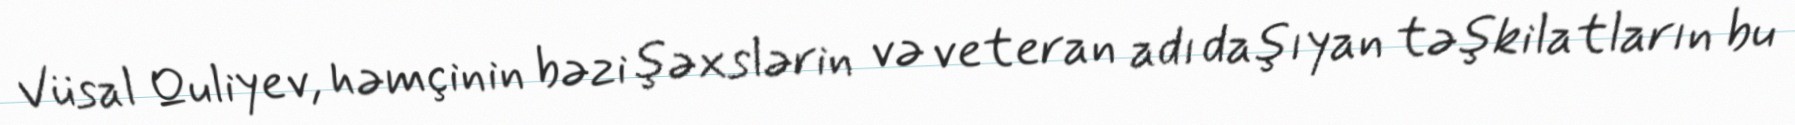
Vüsal Quliyev, həmçinin bəzi şəxslərin və veteran adı daşıyan təşkilatların bu